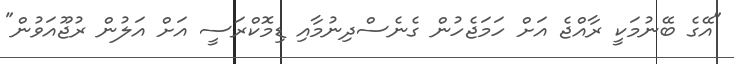
"އޭގެ ބޭނުމަކީ ރާއްޖެ އަށް ހަމަޖެހުން ގެނެސްދިނުމާއި ޑިމޮކްރަސީ އަށް އަލުން ރުޖޫއަވުން"